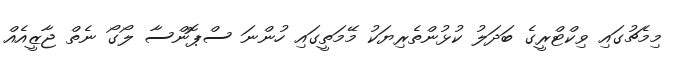
މިމެޗުގައި ވިކްޓްރީގެ ބަދަލު ކުޅުންތެރިޔަކު މޭމަތީގައި ހުންނަ ސްޕޮންސާ ލޯގޯ ނެތް ޖާޒީއެއް